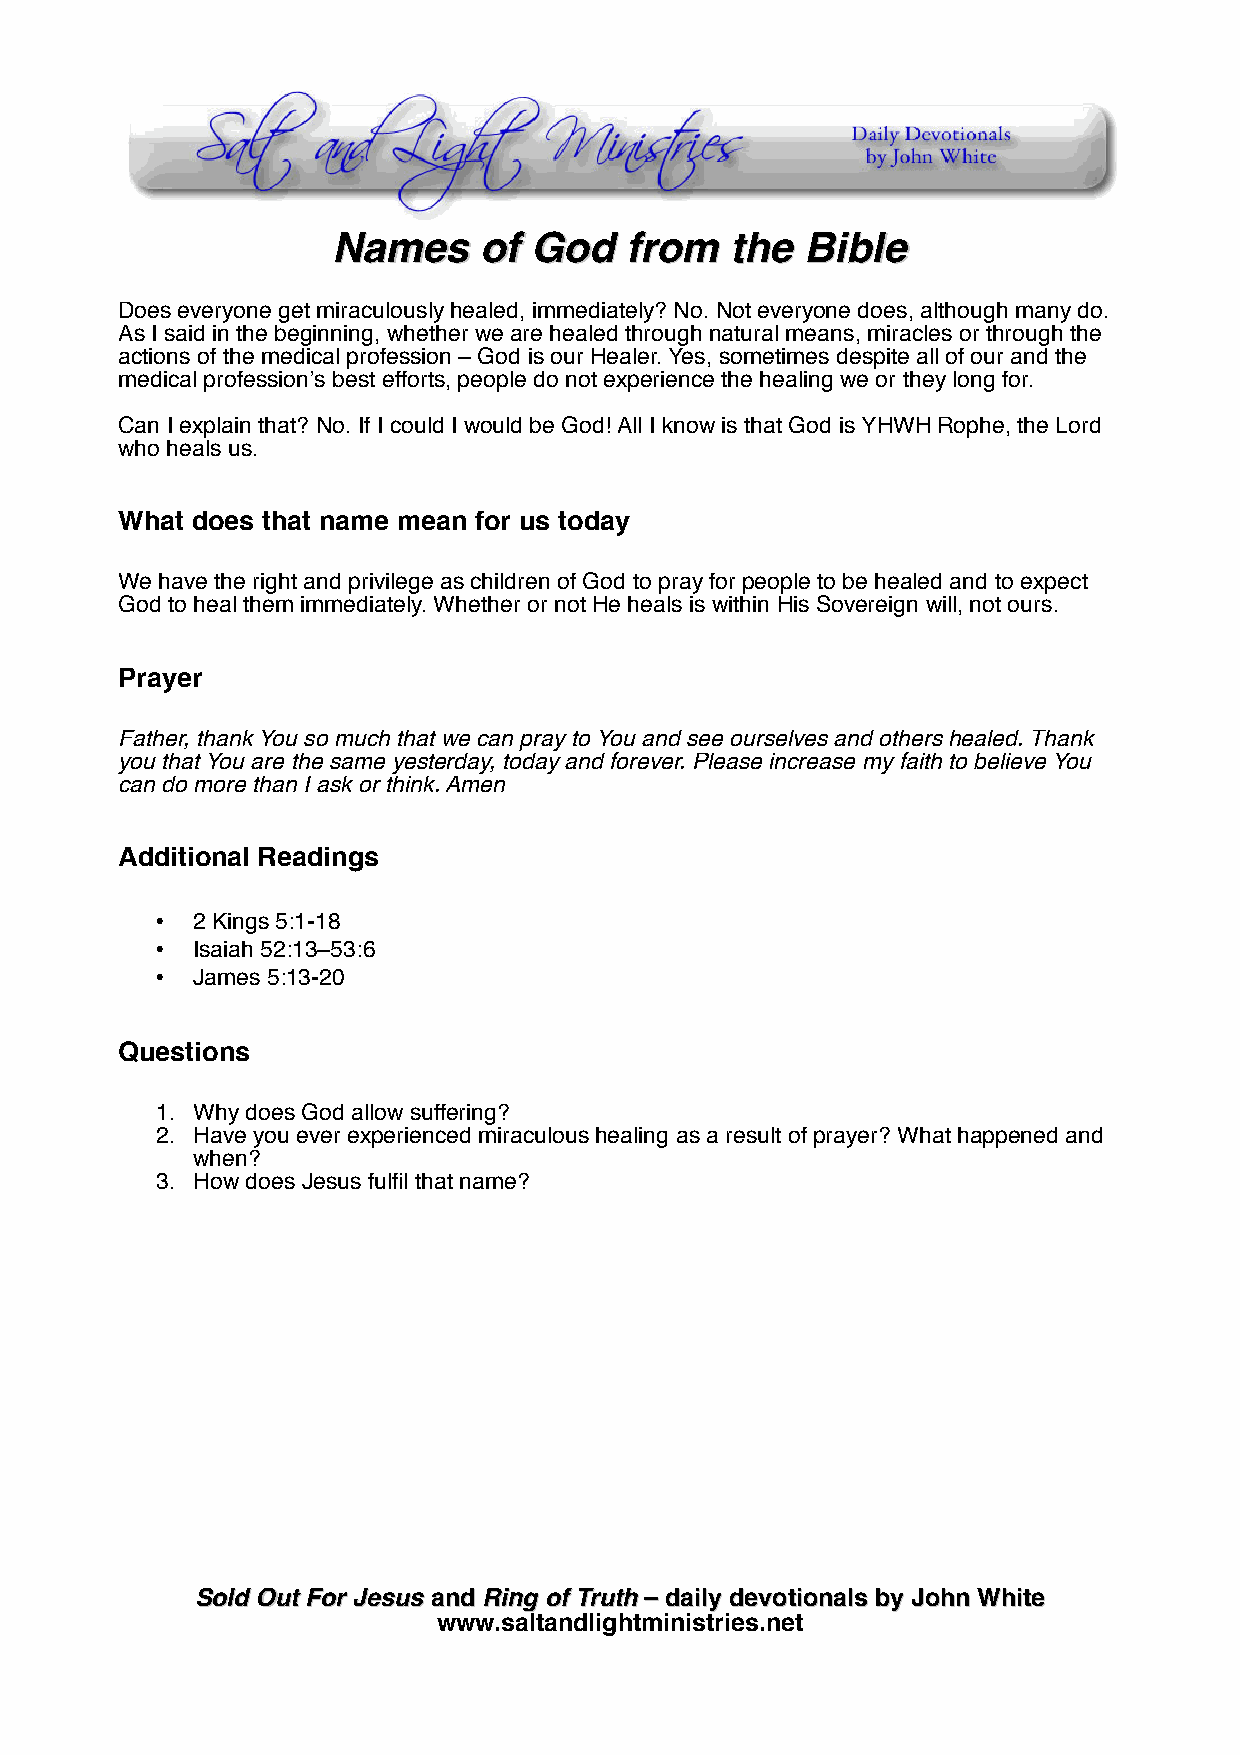
NNaammeess ooff GGoodd ffrroomm tthhee BBiibbllee
 Does everyone get miraculously healed, immediately? No. Not everyone does, although many do.
 As I said in the beginning, whether we are healed through natural means, miracles or through the
 actions of the medical profession – God is our Healer. Yes, sometimes despite all of our and the
 medical profession’s best efforts, people do not experience the healing we or they long for.
 Can I explain that? No. If I could I would be God! All I know is that God is YHWH Rophe, the Lord
 who heals us.
 What does that name mean for us today
 We have the right and privilege as children of God to pray for people to be healed and to expect
 God to heal them immediately. Whether or not He heals is within His Sovereign will, not ours.
 Prayer
 Father, thank You so much that we can pray to You and see ourselves and others healed. Thank
 you that You are the same yesterday, today and forever. Please increase my faith to believe You
 can do more than I ask or think. Amen
 Additional Readings
 •  2 Kings 5:1-18
 •  Isaiah 52:13–53:6
 •  James 5:13-20
 Questions
 1. Why does God allow suffering?
 2. Have you ever experienced miraculous healing as a result of prayer? What happened and
 when?
 3. How does Jesus fulfil that name?
 SSoolldd OOuutt FFoorr JJeessuuss aanndd RRiinngg ooff TTrruutthh –– ddaaiillyy ddeevvoottiioonnaallss bbyy JJoohhnn WWhhiittee
 www.saltandlightministries.net